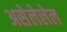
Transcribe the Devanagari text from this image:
असेलेलेल